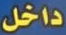
داخل